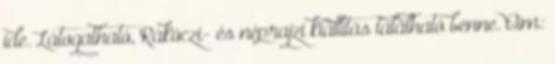
ide. Látogatható, Rákóczi- és néprajzi kiállítás található benne. Cím: